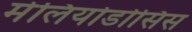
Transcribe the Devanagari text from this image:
मेलियोडोसिस